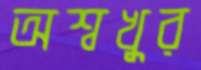
অশ্বখুর